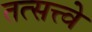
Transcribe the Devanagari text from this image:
तत्सत्त्वे